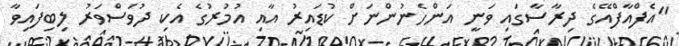
"އެފްއާފްއޭގެ ދިރާސާގައި ވަނީ އަންހެނުންނަށް ކުޑައިރު އާއި އުމުރުގެ އެކި ދުވަސްވަރު ލިބިފައިވާ